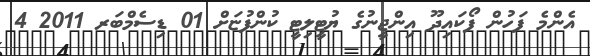
އެންމެ ފަހުން ފޯކައިދޫ އިންޖީނުގެ ޔުޓީލިޓީ ކުންފުޏަށް 01 ޑިސެމްބަރ 2011 4